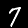
Label: 7